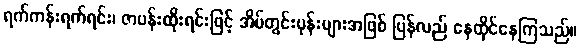
ရက်ကန်းရက်ရင်း၊ ဇာပန်းထိုးရင်းဖြင့် အိမ်တွင်းပုန်းများအဖြစ် ပြန်လည် နေထိုင်နေကြသည်။